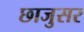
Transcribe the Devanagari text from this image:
छाजुसर